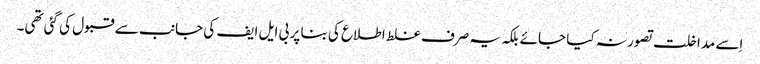
اِسے مداخلت تصور نہ کیا جائے بلکہ یہ صرف غلط اطلاع کی بنا پر بی ایل ایف کی جانب سے قبول کی گئی تھی۔